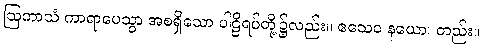
ဩကာသံ ကာရာပေသွာ အစရှိသော ပါဠိရပ်တို့၌လည်း။ ဧသေဝ နယော၊ တည်း။